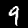
Label: 9